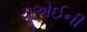
યૂએઈની